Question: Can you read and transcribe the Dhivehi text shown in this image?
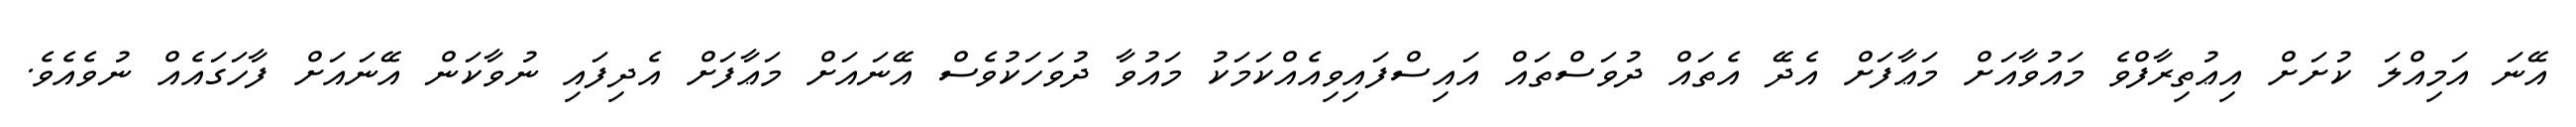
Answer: އޭނަ އަމިއްލަ ކުށަށް އިޢުތިރާފްވެ މައުވާއަށް މަޢާފަށް އެދޭ އެތައް ދުވަސްތައް އައިސްފައިވިއެއްކަމަކު މައުވާ ދުވަހަކުވެސް އޭނައަށް މަޢާފަށް އެދިފައި ނުވާކަން އޭނައަށް ފާހަގައެއް ނުވެއެވެ.